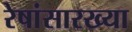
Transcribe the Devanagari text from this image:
रेषांसारख्या